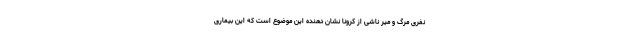
نفری مرگ و میر ناشی از کرونا نشان دهنده این موضوع است که این بیماری